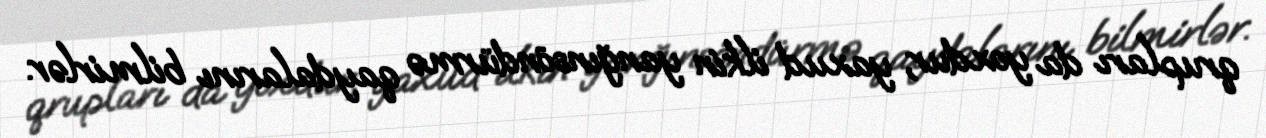
qrupları da yoxdur, yaxud ilkin yanğınsöndürmə qaydalarını bilmirlər.